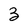
Character: 3